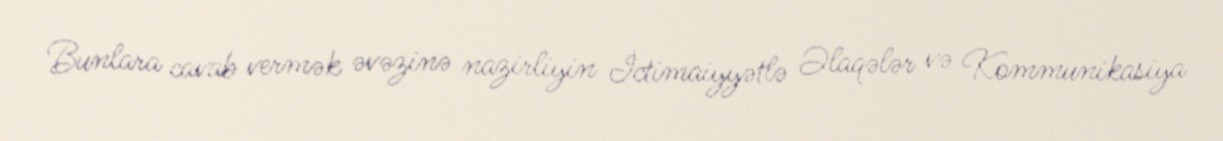
Bunlara cavab vermək əvəzinə nazirliyin İctimaiyyətlə Əlaqələr və Kommunikasiya